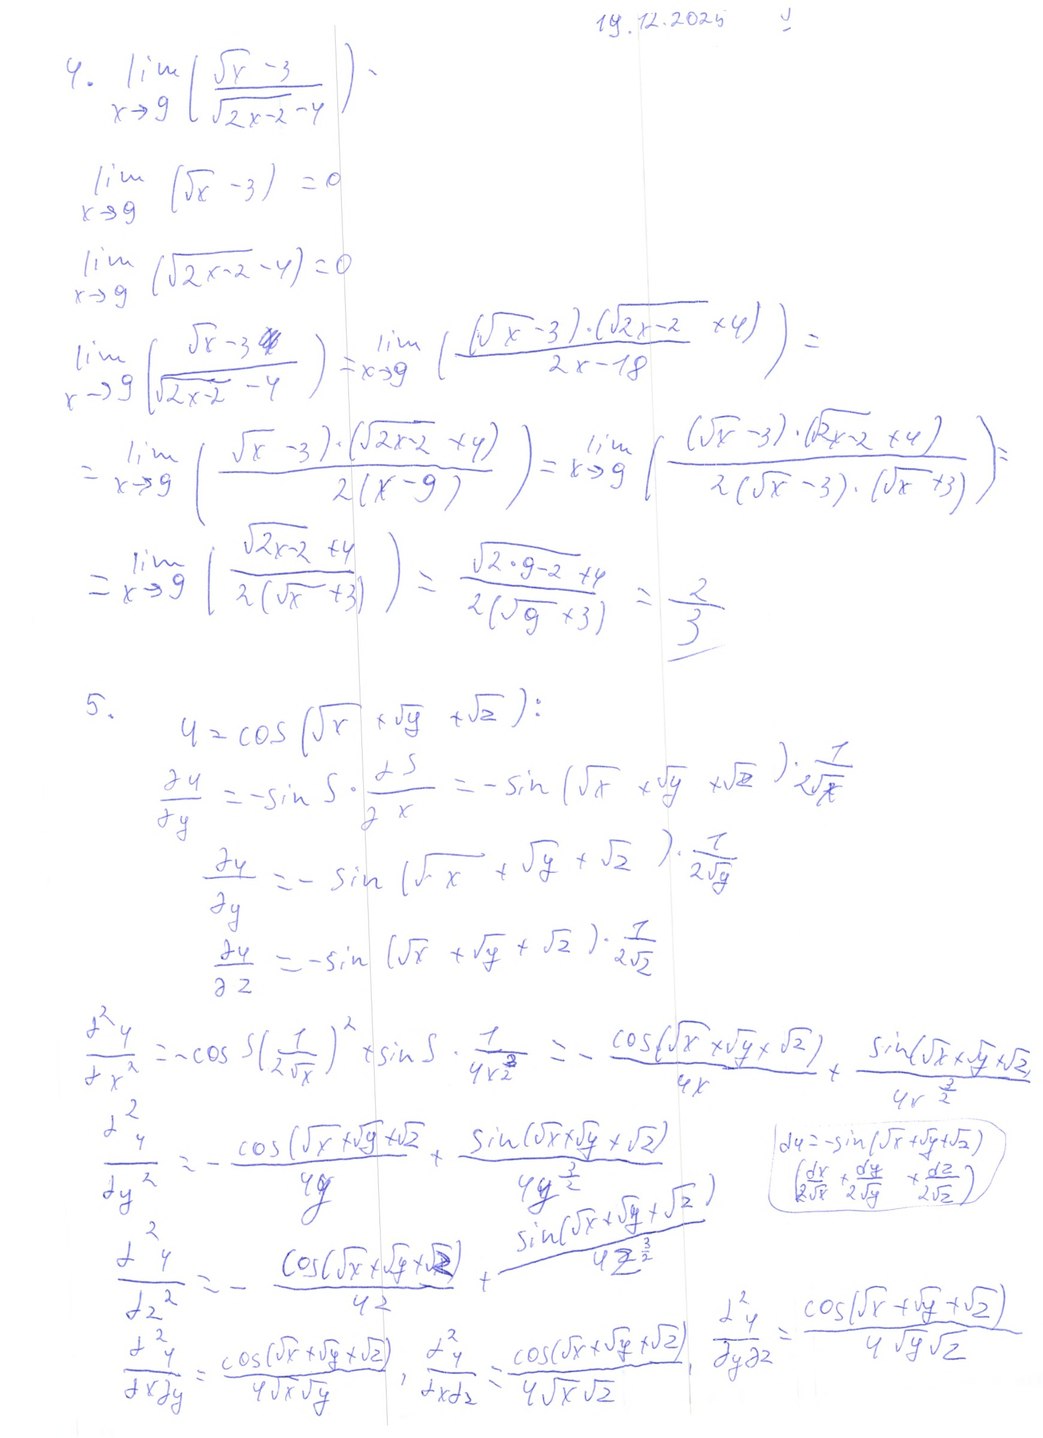
19.12.2023
4. \lim_{x \to 9} \left( \frac{\sqrt{x} - 3}{\sqrt{2x - 2} - 4} \right)
\lim_{x \to 9} (\sqrt{x} - 3) = 0
\lim_{x \to 9} (\sqrt{2x - 2} - 4) = 0
\lim_{x \to 9} \left( \frac{\sqrt{x} - 3}{\sqrt{2x - 2} - 4} \right) = \lim_{x \to 9} \left( \frac{(\sqrt{x} - 3) \cdot (\sqrt{2x - 2} + 4)}{2x - 18} \right) =
= \lim_{x \to 9} \left( \frac{(\sqrt{x} - 3) \cdot (\sqrt{2x - 2} + 4)}{2(x - 9)} \right) = \lim_{x \to 9} \left( \frac{(\sqrt{x} - 3) \cdot (\sqrt{2x - 2} + 4)}{2(\sqrt{x} - 3) \cdot (\sqrt{x} + 3)} \right) =
= \lim_{x \to 9} \left( \frac{\sqrt{2x - 2} + 4}{2(\sqrt{x} + 3)} \right) = \frac{\sqrt{2 \cdot 9 - 2} + 4}{2(\sqrt{9} + 3)} = \frac{2}{3}
5. \quad u = \cos(\sqrt{x} + \sqrt{y} + \sqrt{z})
\frac{\partial u}{\partial y} = -\sin S \cdot \frac{\partial S}{\partial x} = -\sin (\sqrt{x} \cdot \sqrt{y} \cdot \sqrt{z}) \cdot \frac{1}{2\sqrt{x}}
\frac{\partial u}{\partial y} = - \sin (\sqrt{x} + \sqrt{y} + \sqrt{z}) \cdot \frac{1}{2\sqrt{y}}
\frac{\partial u}{\partial z} = -\sin(\sqrt{x} + \sqrt{y} + \sqrt{z}) \cdot \frac{1}{2\sqrt{z}}
\frac{d^2 y}{dx^2} = -\cos S \left( \frac{1}{2\sqrt{x}} \right)^2 + \sin S \cdot \frac{1}{4x^{\frac{3}{2}}} = -\frac{\cos(\sqrt{x} \times \sqrt{y} \times \sqrt{2})}{4x} + \frac{\sin(\sqrt{x} \times \sqrt{y} \times \sqrt{2})}{4x^{\frac{3}{2}}}
\frac{d^2 y}{dy^2} = - \frac{\cos(\sqrt{x} + \sqrt{y} + \sqrt{2})}{4y} + \frac{\sin(\sqrt{x} + \sqrt{y} + \sqrt{2})}{4y^{\frac{3}{2}}}
du = -\sin(\sqrt{x} + \sqrt{y} + \sqrt{z}) \left( \frac{dx}{2\sqrt{x}} + \frac{dy}{2\sqrt{y}} + \frac{dz}{2\sqrt{z}} \right)
\frac{\partial^2 y}{\partial z^2} = - \frac{\cos(\sqrt{x} + \sqrt{y} + \sqrt{z})}{4z} + \frac{\sin(\sqrt{x} + \sqrt{y} + \sqrt{z})}{4z^{\frac{3}{2}}}
\frac{\partial^2 y}{\partial y \partial z} = \frac{\cos(\sqrt{x} + \sqrt{y} + \sqrt{z})}{4 \sqrt{y} \sqrt{z}}
\frac{\partial^2 u}{\partial x \partial y} = \frac{\cos(\sqrt{x} + \sqrt{y} + \sqrt{z})}{4 \sqrt{x} \sqrt{y}}, \frac{\partial^2 u}{\partial x \partial z} = \frac{\cos(\sqrt{x} + \sqrt{y} + \sqrt{z})}{4 \sqrt{x} \sqrt{z}}